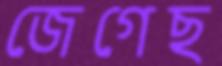
জেগেছ